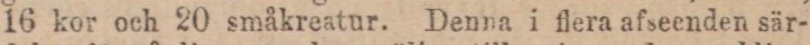
16 kor och 20 småkreatur. Denna i flera afseenden sär-